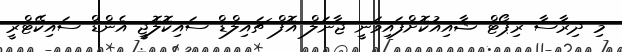
މި ދިރާސާ ރިޕޯޓް ޝާއިއުކޮށްފައިވަނީ ޖާނަލް އޮފް ޗައިލްޑް ސައިކޮލޮޖީ އެންޑް ސައިކޭޓްރީ